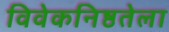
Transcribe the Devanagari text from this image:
विवेकनिष्ठतेला